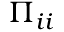
\Pi _ { i i }